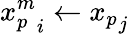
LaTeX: {x_{p}^{m}}_{i}\gets{x_{p}}_{j}